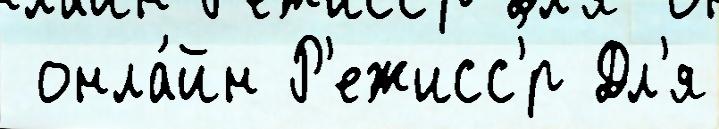
 онла́йн Р'ежисс'́р Дл'я